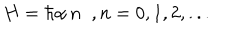
H = \hbar \alpha \, n \; \; , n = 0 , 1 , 2 , . . .